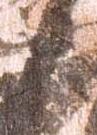
臣